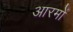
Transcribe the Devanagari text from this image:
आरमों